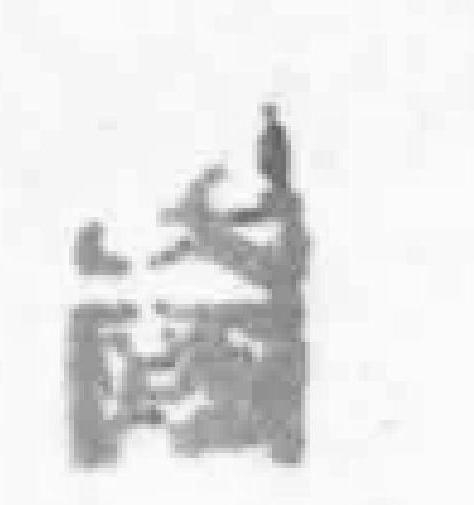
*國